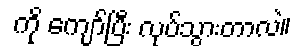
ကို ကျော်ပြီး လုပ်သွားတာလဲ။